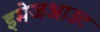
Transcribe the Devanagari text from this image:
इमेजआउट